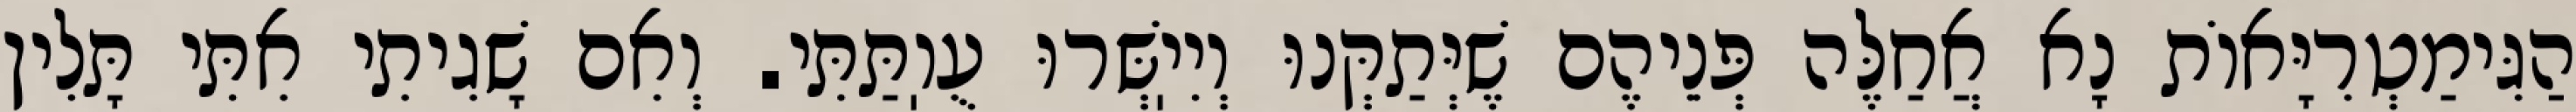
הַגִּימַטְרִיָּאוֹת נָא אֲחַלֶּה פְּנֵיהֶם שֶׁיְּתַקְּנוּ וְיִיֽשְּׁרוּ עֻוֽתַּתִּי. וְאִם שָׁגִיתִי אִתִּי תָּלִין